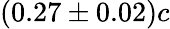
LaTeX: (0.27\pm 0.02)c